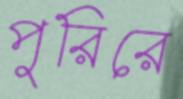
পুরিরে